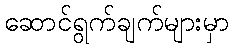
ဆောင်ရွက်ချက်များမှာ